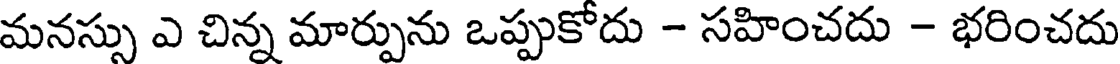
మనస్సు ఎ చిన్న మార్పును ఒప్పుకోదు - సహించదు - భరించదు